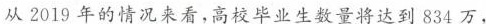
从2019年的情况来看，高校毕业生数量将达到834万